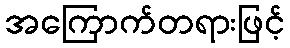
အကြောက်တရားဖြင့်